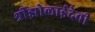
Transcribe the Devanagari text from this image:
श्रीझोलाईदेवी